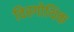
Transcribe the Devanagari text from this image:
विस्गोथिक